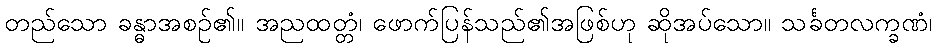
တည်သော ခန္ဓာအစဉ်၏။ အညထတ္တံ၊ ဖောက်ပြန်သည်၏အဖြစ်ဟု ဆိုအပ်သော။ သင်္ခတလက္ခဏံ၊